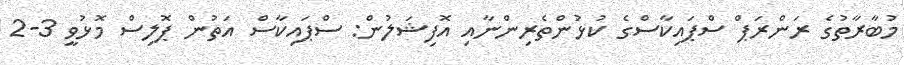
މުބާރާތުގެ ރަންރަޕް ސްޕައިކާސްގެ ކުޅުންތެރިންނާއި އޮފިޝަލުން: ސްޕައިކާސް އަތުން ޕޮލިސް މޮޅުވީ 3-2